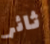
ثائر